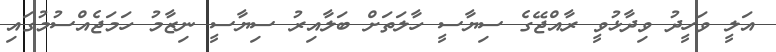
އަލީ ވަހީދު ވިދާޅުވީ ރާއްޖޭގެ ސިޔާސީ ހާލަތަށް ބަލާއިރު ސިޔާސީ ނިޒާމު ހަމަޖެއްސުމުގައި